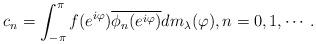
LaTeX: \begin{align*}c_n=\int_{-\pi}^{\pi}f(e^{i\varphi})\overline{\phi_{n}(e^{i\varphi})}dm_{\lambda}(\varphi),n=0,1,\cdots.\end{align*}